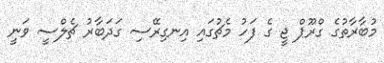
މުބާރާތުގެ ގްރޫޕް ޖީ ގެ ފަހު މެޗުގައި އިނގިރޭސި ގަދަބާރު ޗެލްސީ ވަނީ